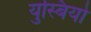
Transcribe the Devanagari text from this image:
युस्बियो